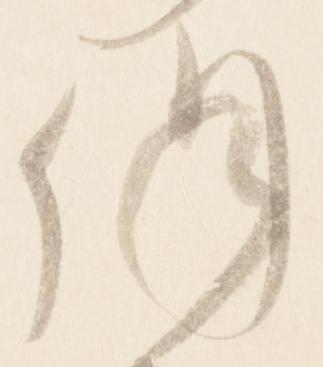
併